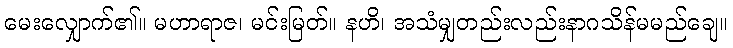
မေးလျှောက်၏။ မဟာရာဇ၊ မင်းမြတ်။ နဟိ၊ အသံမျှတည်းလည်းနာဂသိန်မမည်ချေ။